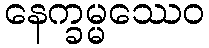
နေက္ခမ္မဿေဝ